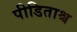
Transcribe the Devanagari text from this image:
पीडिताश्च